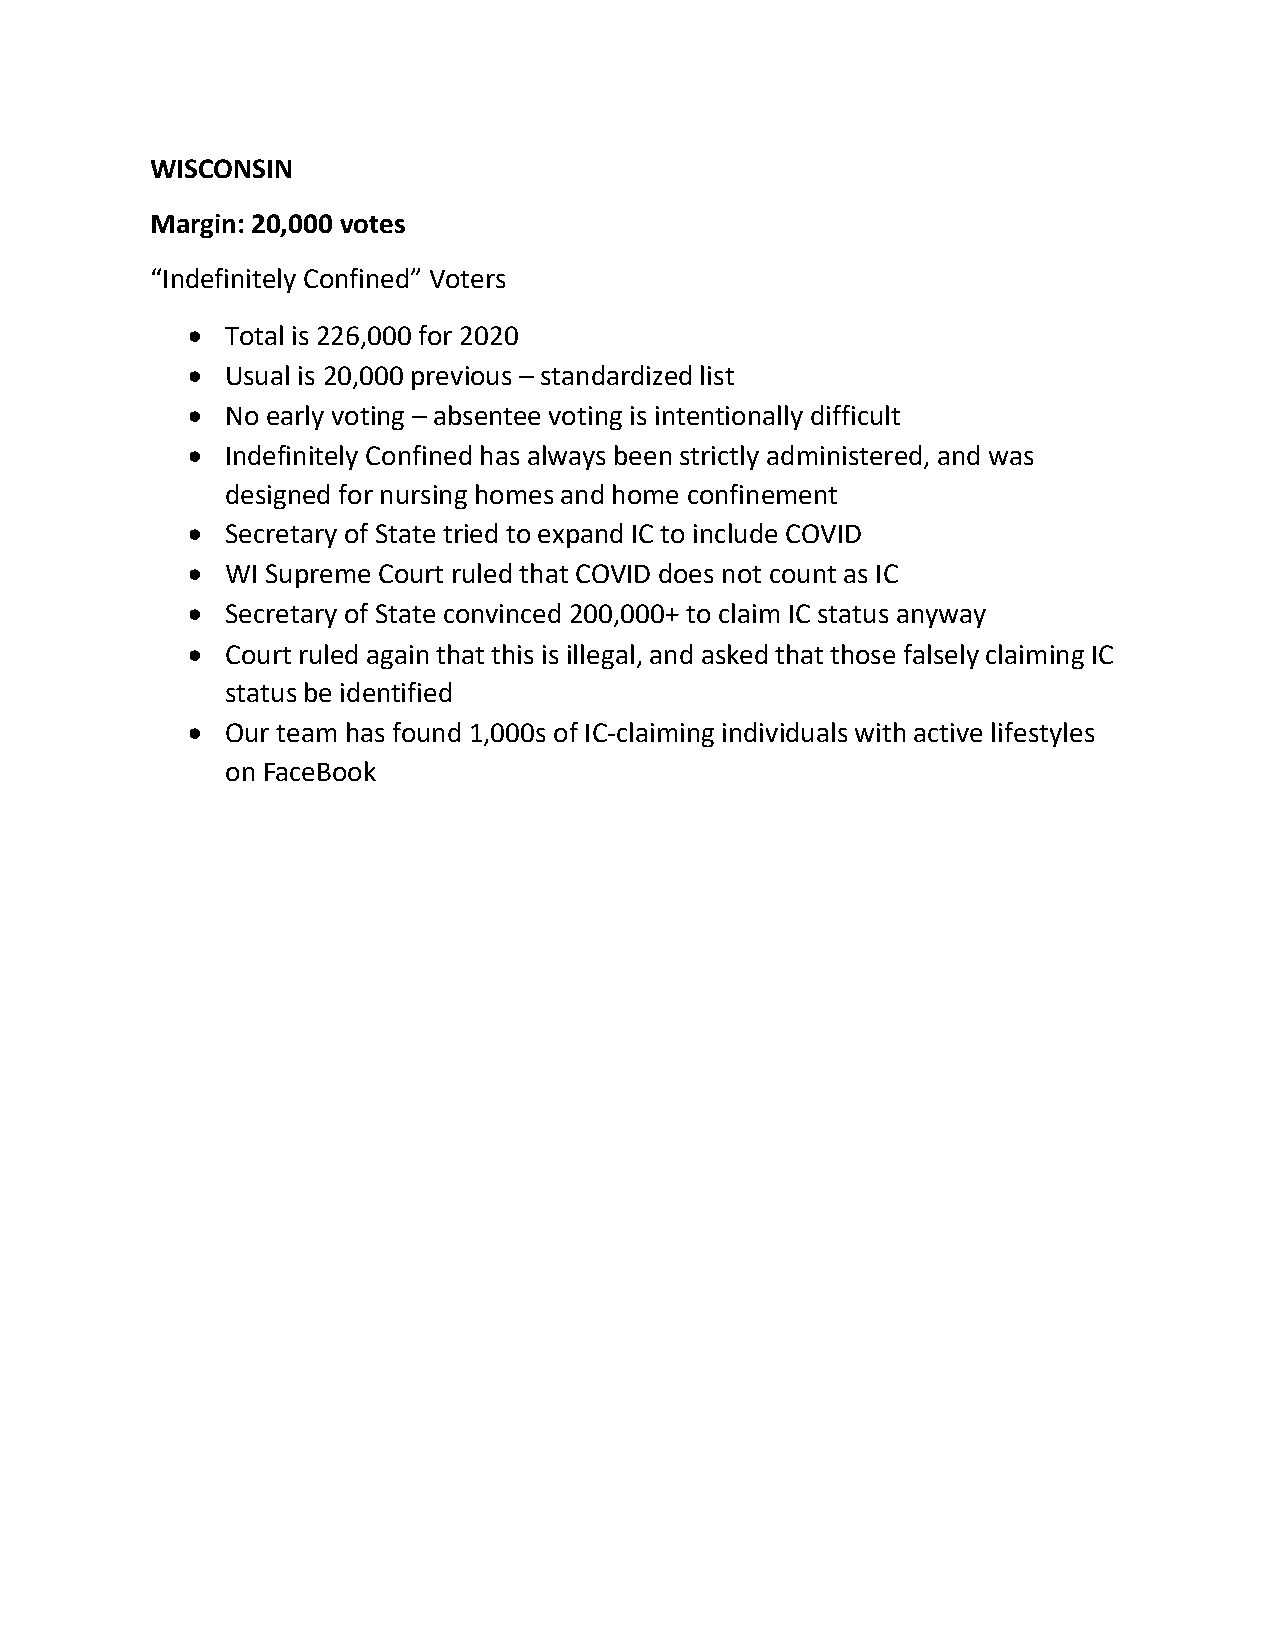
WISCONSIN
 Margin: 20,000 votes
 “Indefinitely Confined” Voters
 •  Total is 226,000 for 2020
 •  Usual is 20,000 previous – standardized list
 •  No early voting – absentee voting is intentionally difficult
 •  Indefinitely Confined has always been strictly administered, and was
 designed for nursing homes and home confinement
 •  Secretary of State tried to expand IC to include COVID
 •  WI Supreme Court ruled that COVID does not count as IC
 •  Secretary of State convinced 200,000+ to claim IC status anyway
 •  Court ruled again that this is illegal, and asked that those falsely claiming IC
 status be identified
 •  Our team has found 1,000s of IC-claiming individuals with active lifestyles
 on FaceBook